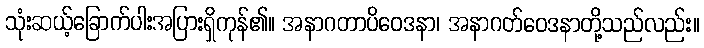
သုံးဆယ့်ခြောက်ပါးအပြားရှိကုန်၏။ အနာဂတာပိဝေဒနာ၊ အနာဂတ်ဝေဒနာတို့သည်လည်း။